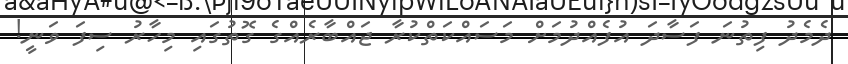
ދެމެދު ފިތުނަ ފަސާދަ އުފެއްދުމަށް މަަސައްކަތްކުރާ ޖައްބާރެއްގެ ގޮތުގައި މިހާރު ސިފަ ވަނީ!